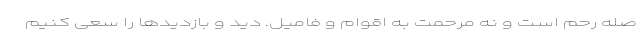
صله رحم است و نه مرحمت به اقوام و فامیل. دید و بازدیدها را سعی کنیم